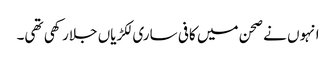
انہوں نے صحن میں کافی ساری لکڑیاں جلارکھی تھی۔